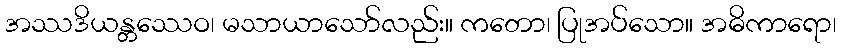
အဿဒိယန္တဿေဝ၊ မသာယာသော်လည်း။ ကတော၊ ပြုအပ်သော။ အဓိကာရော၊